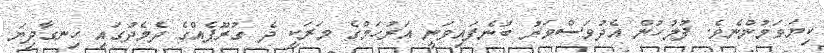
ކިޔަވަމުންނެވެ. ފުލުހުން އެދުވަސްވަރު ބުނެފައިވަނީ އަރުހަމްގެ މަރަކީ ދެ ގުރޫޕެއްގެ ދެމެދުގައި ހިނގާދިޔަ